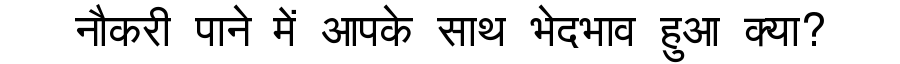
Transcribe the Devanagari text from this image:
नौकरी पाने में आपके साथ भेदभाव हुआ क्या?